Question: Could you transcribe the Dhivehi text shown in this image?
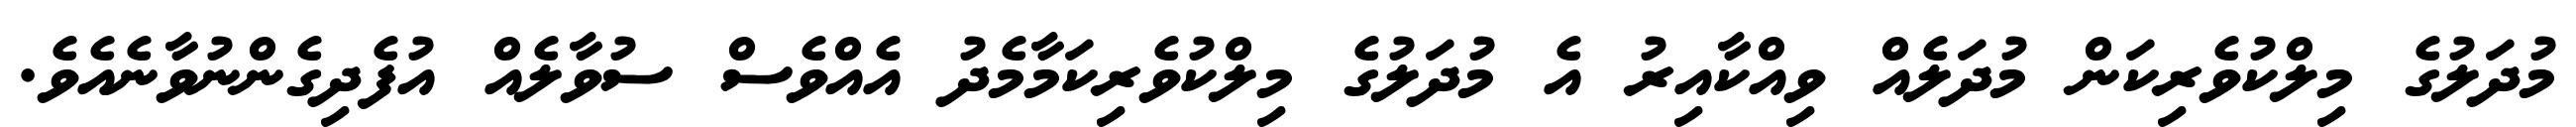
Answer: މުދަލުގެ މިލްކުވެރިކަން މުދަލެއް ވިއްކާއިރު އެ މުދަލުގެ މިލްކުވެރިކަމާމެދު އެއްވެސް ސުވާލެއް އުފެދިގެންނުވާނެއެވެ.